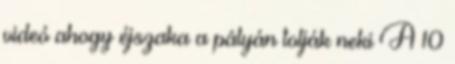
videó ahogy éjszaka a pályán tolják neki A 10